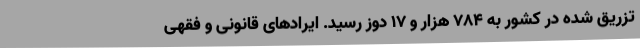
تزریق شده در کشور به ۷۸۴ هزار و ۱۷ دوز رسید. ایرادهای قانونی و فقهی